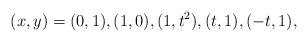
LaTeX: \begin{align*} (x,y)=(0,1), (1,0), (1,t^2), (t,1), (-t,1),\end{align*}